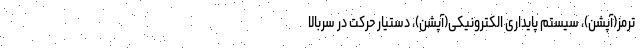
ترمز(آپشن)، سیستم پایداری الکترونیکی(آپشن)، دستیار حرکت در سربالا